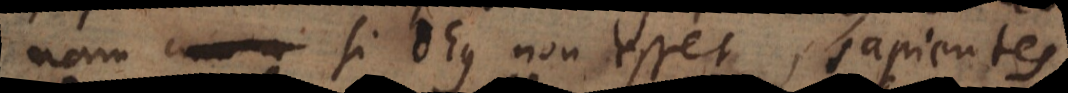
nam si Deus non esset, sapientes